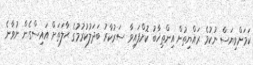
ކަމަށްވިޔަސް ނުކުމެ ރައްޔިތުން އިންތިޚާބު ކޮށްފައިވާ ސަރުކާރު ބަދަލުކުރުމުގެ ޙާލަތަށް އައިސްގެން ނުވާނެ